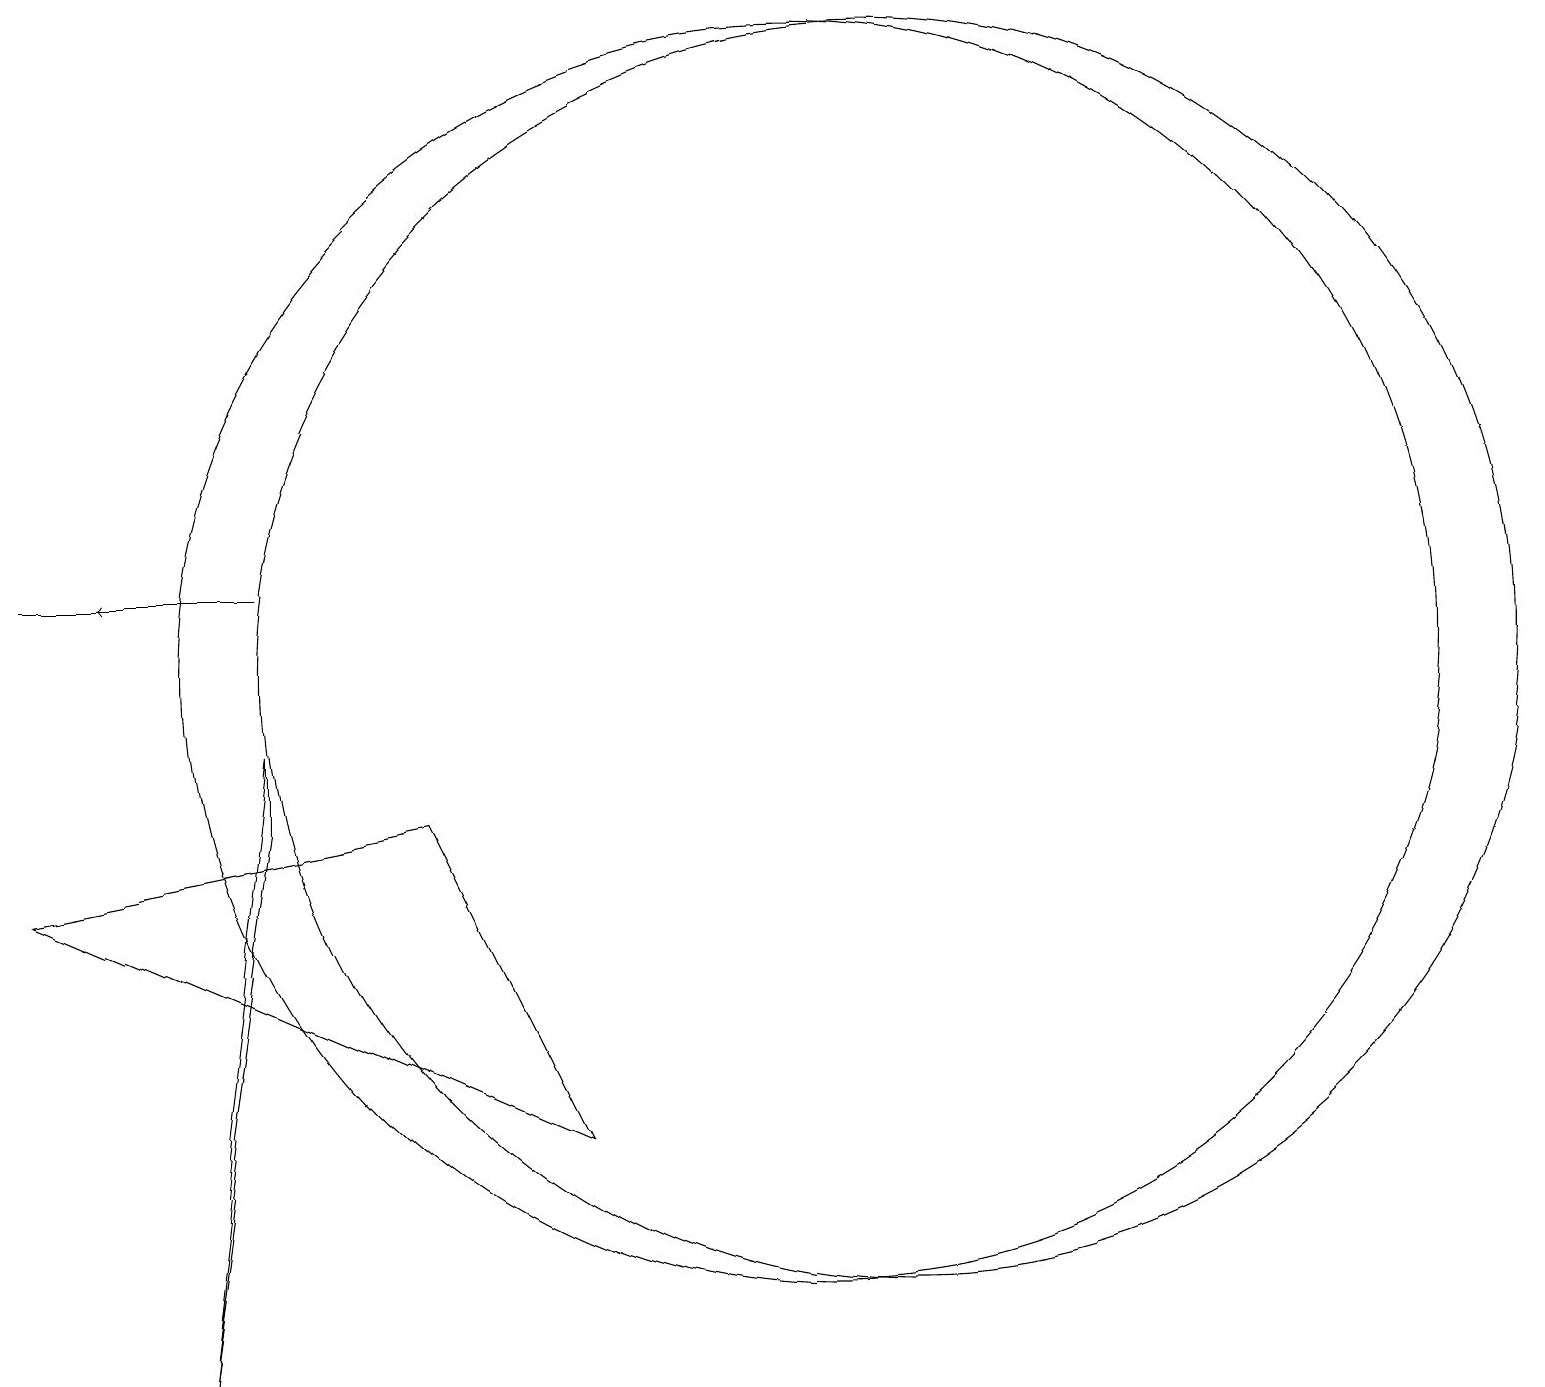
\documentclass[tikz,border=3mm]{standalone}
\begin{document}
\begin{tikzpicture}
\draw[->] (3,11) -- (1,11);
\draw (11,10) circle (8);
\draw (0,11) rectangle (3,11);
\draw (7,4) -- (0,7) -- (5,8) -- cycle;
\draw (3,9) -- (2,1) -- (3,8) -- cycle;
\draw (10,10) circle (8);
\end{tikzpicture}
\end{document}